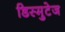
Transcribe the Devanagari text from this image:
डिस्मुटेज